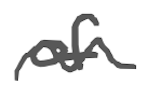
Text: of
Cross-out: mix
Writing tool: digital_gray